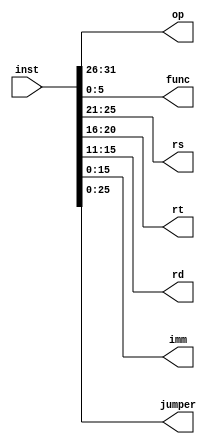
module breakdown(inst,op,func,rs,rt,rd,imm,jumper);

  // This module is nothing but a breakdown of the instruction to be used by other modules
  // It just makes life easier

  input [31:0] inst;
  output [5:0]op, func;
  output [4:0] rs,rt,rd;
  output [15:0] imm;
  output [25:0] jumper;
  
  assign op = inst[31:26];
  assign rs = inst[25:21];
  assign rt = inst[20:16];
  assign rd = inst[15:11];
  assign func = inst[5:0];
  assign imm = inst[15:0]; 
  assign jumper = inst[25:0];
endmodule